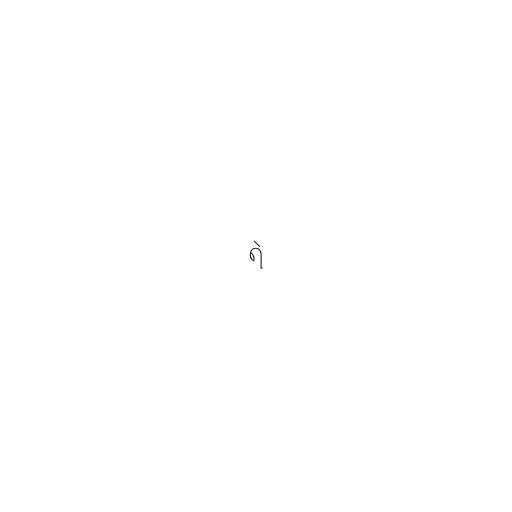
ရဲ